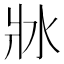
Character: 𤕯